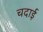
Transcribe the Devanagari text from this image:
चदाई